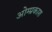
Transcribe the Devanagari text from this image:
ओम्प्रकाश